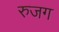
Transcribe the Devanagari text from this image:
रुजग